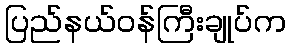
ပြည်နယ်ဝန်ကြီးချုပ်က